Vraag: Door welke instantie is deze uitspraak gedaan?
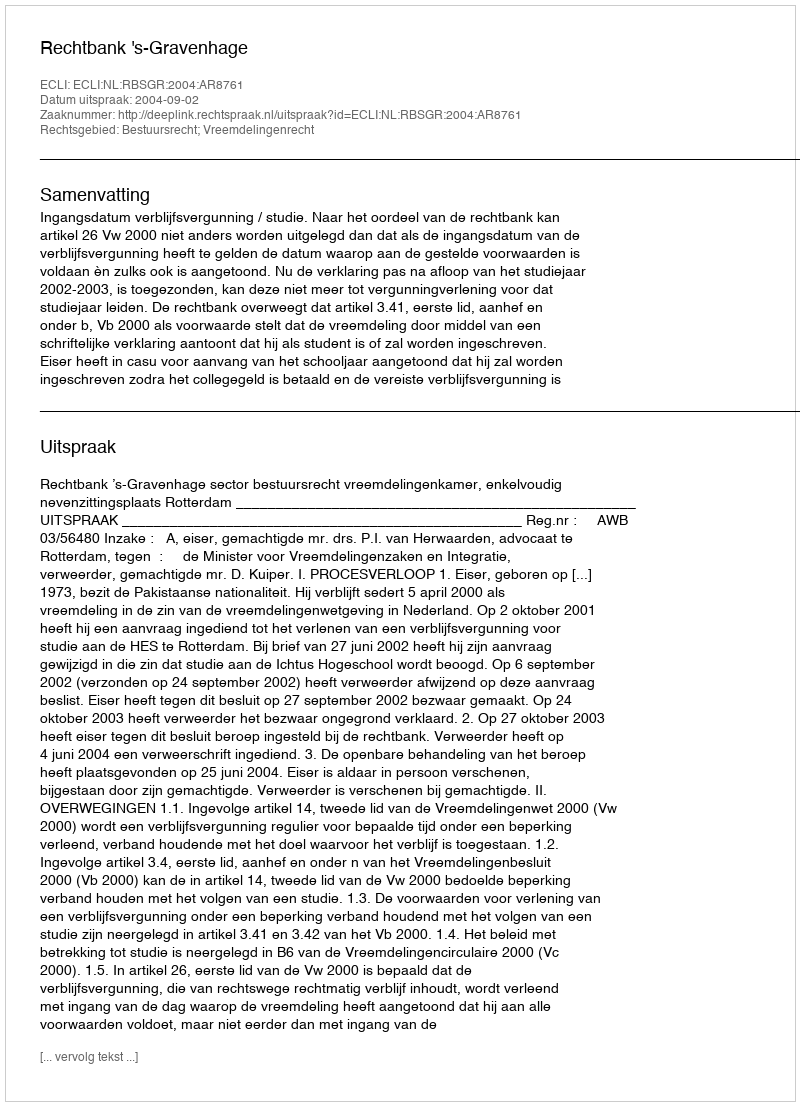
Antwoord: Rechtbank 's-Gravenhage